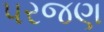
પરજણ